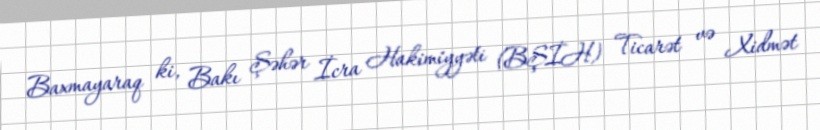
Baxmayaraq ki, Bakı Şəhər İcra Hakimiyyəti (BŞİH) Ticarət və Xidmət